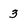
Character: 3